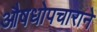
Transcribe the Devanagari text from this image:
औषधोपचाराने